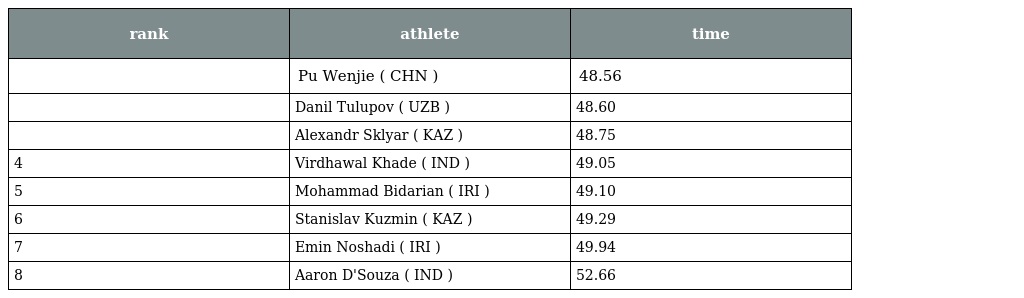
| rank | athlete | time |
 | --- | --- | --- |
 |  | Pu Wenjie ( CHN ) | 48.56 |
 |  | Danil Tulupov ( UZB ) | 48.60 |
 |  | Alexandr Sklyar ( KAZ ) | 48.75 |
 | 4 | Virdhawal Khade ( IND ) | 49.05 |
 | 5 | Mohammad Bidarian ( IRI ) | 49.10 |
 | 6 | Stanislav Kuzmin ( KAZ ) | 49.29 |
 | 7 | Emin Noshadi ( IRI ) | 49.94 |
 | 8 | Aaron D'Souza ( IND ) | 52.66 |